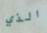
الذي